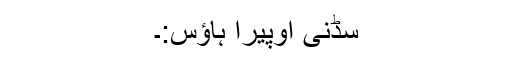
سڈنی اوپیرا ہاؤس:۔